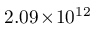
2 . 0 9 \! \times \! 1 0 ^ { 1 2 }